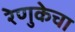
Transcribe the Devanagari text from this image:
रेणुकेचा